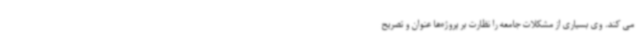
می کند. وی بسیاری از مشکلات جامعه را نظارت بر پروژه‌ها عنوان و تصریح